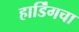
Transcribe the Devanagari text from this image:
हार्डिंगचा